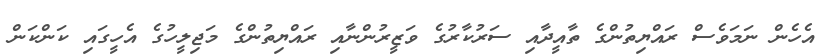
އެހެން ނަމަވެސް ރައްޔިތުންގެ ތާއީދާއި ސަރުކާރުގެ ވަޒީރުންނާއި ރައްޔިތުންގެ މަޖިލީހުގެ އެހީގައި ކަންކަން